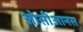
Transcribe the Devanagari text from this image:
ओसीआनस